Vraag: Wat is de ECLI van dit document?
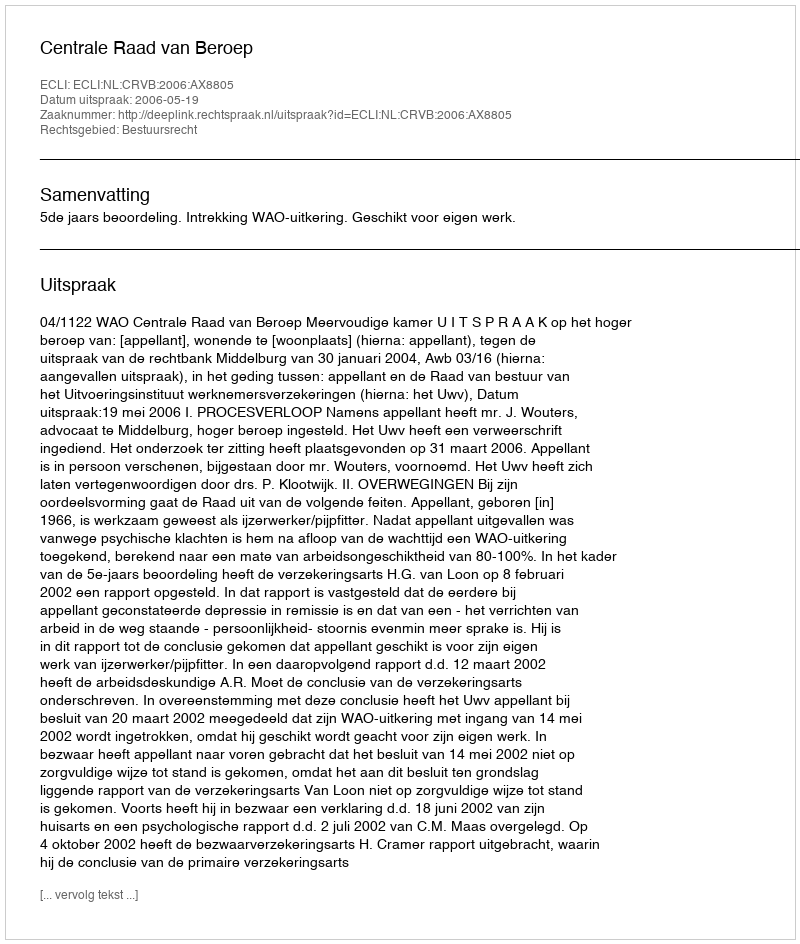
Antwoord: ECLI:NL:CRVB:2006:AX8805